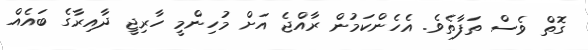
ގޮތް ވެސް ތަފާތެވެ. އެހެންކަމުން ރާއްޖެ އަށް މުހިންމީ ހާރިޖީ ދާއިރާގެ ބައެއް